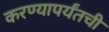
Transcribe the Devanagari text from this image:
करण्यापर्यंतची